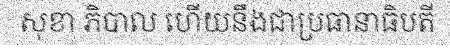
សុខា ភិបាល ហើយនឹងជាប្រធានាធិបតី